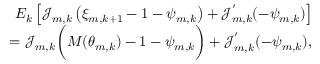
\begin{array} { r } { E _ { k } \left[ \mathcal { J } _ { m , k } \left( \xi _ { m , k + 1 } - 1 - \psi _ { m , k } \right) + \mathcal { J } _ { m , k } ^ { ' } ( - \psi _ { m , k } ) \right] } \\ { = \mathcal { J } _ { m , k } \bigg ( { \cal M } ( \theta _ { m , k } ) - 1 - { \psi } _ { m , k } \bigg ) + \mathcal { J } _ { m , k } ^ { ' } ( - { \psi } _ { m , k } ) , } \end{array}